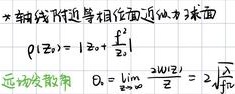
* 轴附近等相位面近似为球面
\(\varphi(z)=\vert kz+\frac{kz}{2}\vert\)
远场发散角 \(\theta_{0}=\lim\limits_{z \to \infty}\frac{2W(z)}{z}=2\sqrt{\frac{\lambda}{\pi}}\)